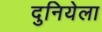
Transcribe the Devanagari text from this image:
दुनियेला